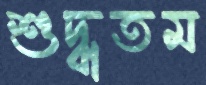
শুদ্ধতম